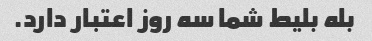
بله بلیط شما سه روز اعتبار دارد.